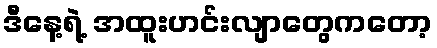
ဒီနေ့ရဲ့ အထူးဟင်းလျာတွေကတော့